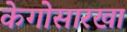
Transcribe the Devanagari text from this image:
केगोसारखा